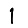
Digit: 1